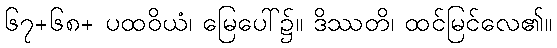
၆၇+၆၈+ ပထဝိယံ၊ မြေပေါ်၌။ ဒိဿတိ၊ ထင်မြင်လေ၏။